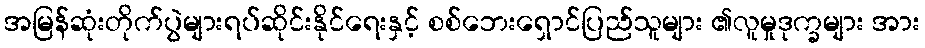
အမြန်ဆုံးတိုက်ပွဲများရပ်ဆိုင်းနိုင်ရေးနှင့် စစ်ဘေးရှောင်ပြည်သူများ ၏လူမှုဒုက္ခများ အား